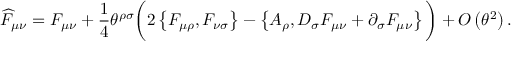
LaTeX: \widehat { F } _ { \mu \nu } = F _ { \mu \nu } + \frac { 1 } { 4 } \theta ^ { \rho \sigma } \bigg ( 2 \left\{ F _ { \mu \rho } , F _ { \nu \sigma } \right\} - \left\{ A _ { \rho } , D _ { \sigma } F _ { \mu \nu } + \partial _ { \sigma } F _ { \mu \nu } \right\} \bigg ) + { \cal O } \left( \theta ^ { 2 } \right) .